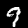
Digit: 9